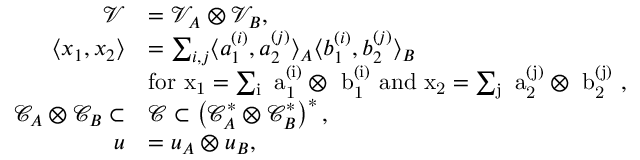
\begin{array} { r l } { \mathcal { V } } & { = \mathcal { V } _ { A } \otimes \mathcal { V } _ { B } , } \\ { \langle x _ { 1 } , x _ { 2 } \rangle } & { = \sum _ { i , j } \langle a _ { 1 } ^ { ( i ) } , a _ { 2 } ^ { ( j ) } \rangle _ { A } \langle b _ { 1 } ^ { ( i ) } , b _ { 2 } ^ { ( j ) } \rangle _ { B } } \\ & { \mathrm { f o r ~ x _ 1 = \sum _ i ~ a _ 1 ^ { ( i ) } \otimes ~ b _ 1 ^ { ( i ) } ~ a n d ~ x _ 2 = \sum _ j ~ a _ 2 ^ { ( j ) } \otimes ~ b _ 2 ^ { ( j ) } ~ } , } \\ { \mathcal { C } _ { A } \otimes \mathcal { C } _ { B } \subset } & { \mathcal { C } \subset \left( \mathcal { C } _ { A } ^ { \ast } \otimes \mathcal { C } _ { B } ^ { \ast } \right) ^ { \ast } , } \\ { u } & { = u _ { A } \otimes u _ { B } , } \end{array}